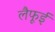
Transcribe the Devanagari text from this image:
लैफूई